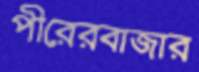
পীরেরবাজার